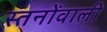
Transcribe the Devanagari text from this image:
स्तनोंवाली